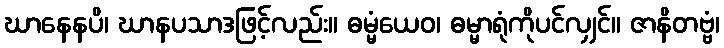
ဃာနေနပိ၊ ဃာနပသာဒဖြင့်လည်း။ ဓမ္မံယေဝ၊ ဓမ္မာရုံကိုပင်လျှင်။ ဇာနိတဗ္ဗံ၊